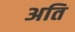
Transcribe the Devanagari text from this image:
अति